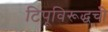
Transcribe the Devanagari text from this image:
टिपूविरूद्धची